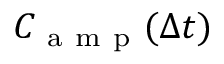
C _ { \mathrm { ~ a ~ m ~ p ~ } } ( \Delta t )